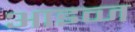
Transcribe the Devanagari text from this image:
आइव्ज